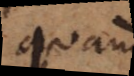
quam